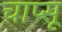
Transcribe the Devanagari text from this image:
चाप्सू